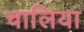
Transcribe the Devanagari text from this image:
चालिया